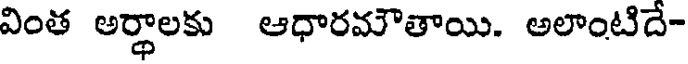
వింత అర్ధాలకు ఆధారమౌతాయి. అలాంటిదే-